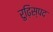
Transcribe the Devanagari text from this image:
रुढ़िस्पद